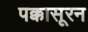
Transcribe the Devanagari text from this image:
पक्कासूरन